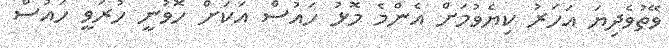
ވޭތުވެދިޔަ އަހަރު ކިޔެވުމަށް އެންމެ މޮޅު ހައުސް އަކަށް ހޮވުނީ ހުރަވީ ހައުސް